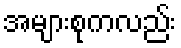
အများစုကလည်း